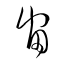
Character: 宙